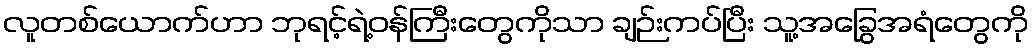
လူတစ်ယောက်ဟာ ဘုရင့်ရဲ့ဝန်ကြီးတွေကိုသာ ချဉ်းကပ်ပြီး သူ့အခြွေအရံတွေကို